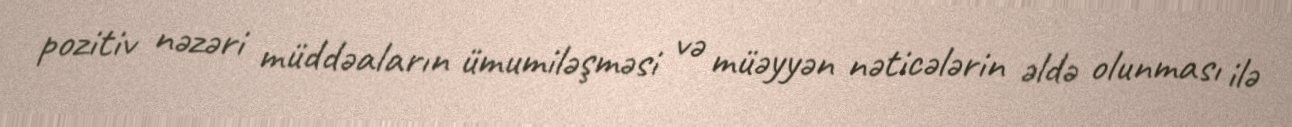
pozitiv nəzəri müddəaların ümumiləşməsi və müəyyən nəticələrin əldə olunması ilə